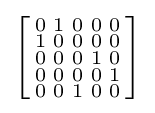
\left[{\begin{smallmatrix}0&1&0&0&0\\1&0&0&0&0\\0&0&0&1&0\\0&0&0&0&1\\0&0&1&0&0\\\end{smallmatrix}}\right]